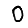
Digit: 0